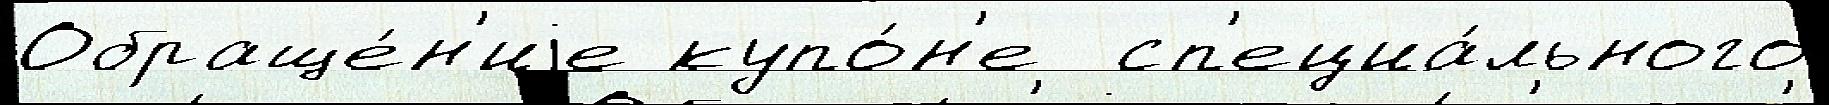
Обраще́н'иjе купо́н'е  сп'ециа́льного